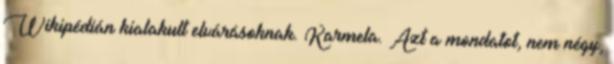
Wikipédián kialakult elvárásoknak. Karmela. Azt a mondatot, nem négy,